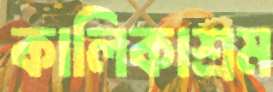
কালিকাশ্রম